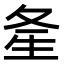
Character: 㚅